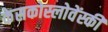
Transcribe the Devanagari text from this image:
केसकोस्लोवेंस्की